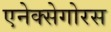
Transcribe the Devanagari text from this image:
एनेक्सेगोरस